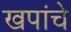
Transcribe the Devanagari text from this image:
खपांचे